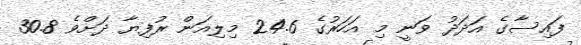
ފައިސާގެ އަދަދު ވަނީ މި އަހަރުގެ 24.6 މިލިއަން ރުފިޔާ ދަށްވެ 30.8